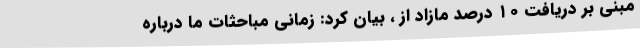
مبنی‌ بر دریافت ۱۰ درصد مازاد از ، بیان کرد: زمانی مباحثات ما درباره